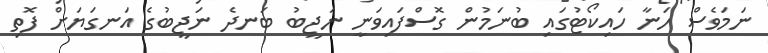
ނަމަވެސް ހަނާ ހައިކޯޓުގައި ބުނަމުން ގޮސްފައިވަނީ ނަޖީބު ބަނދެ ނަޖީބުގެ އަނގަޔަށް ފޮތި